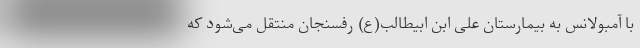
با آمبولانس به بیمارستان علی ابن ابیطالب(ع) رفسنجان منتقل می‌شود که